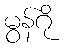
မွန်ဂို